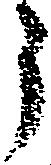
う